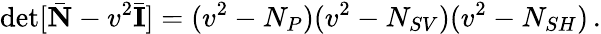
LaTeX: \operatorname*{det}[\bar{\mathbf N}-v^{2}\bar{\mathbf I}]=(v^{2}-N_{P})(v^{2}-N_{SV})(v^{2}-N_{SH})\, .